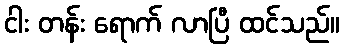
ငါး တန်း ရောက် လာပြီ ထင်သည်။